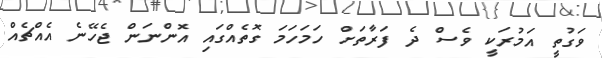
ވަގުތީ އަމުރަކީ ވެސް ދެ ފަރާތަށް ހަމަހަމަ ގޮތެއްގައި އޮންނަން ޖެހޭނެ އެއްޗެއް